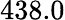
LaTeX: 438.0